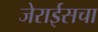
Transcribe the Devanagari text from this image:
जेराईसचा